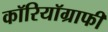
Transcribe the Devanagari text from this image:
कॉरियॉग्राफी